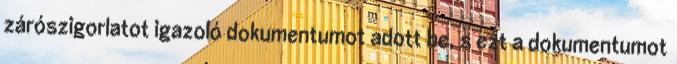
zárószigorlatot igazoló dokumentumot adott be, s ezt a dokumentumot